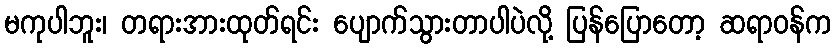
မကုပါဘူး၊ တရားအားထုတ်ရင်း ပျောက်သွားတာပါပဲလို့ ပြန်ပြောတော့ ဆရာဝန်က